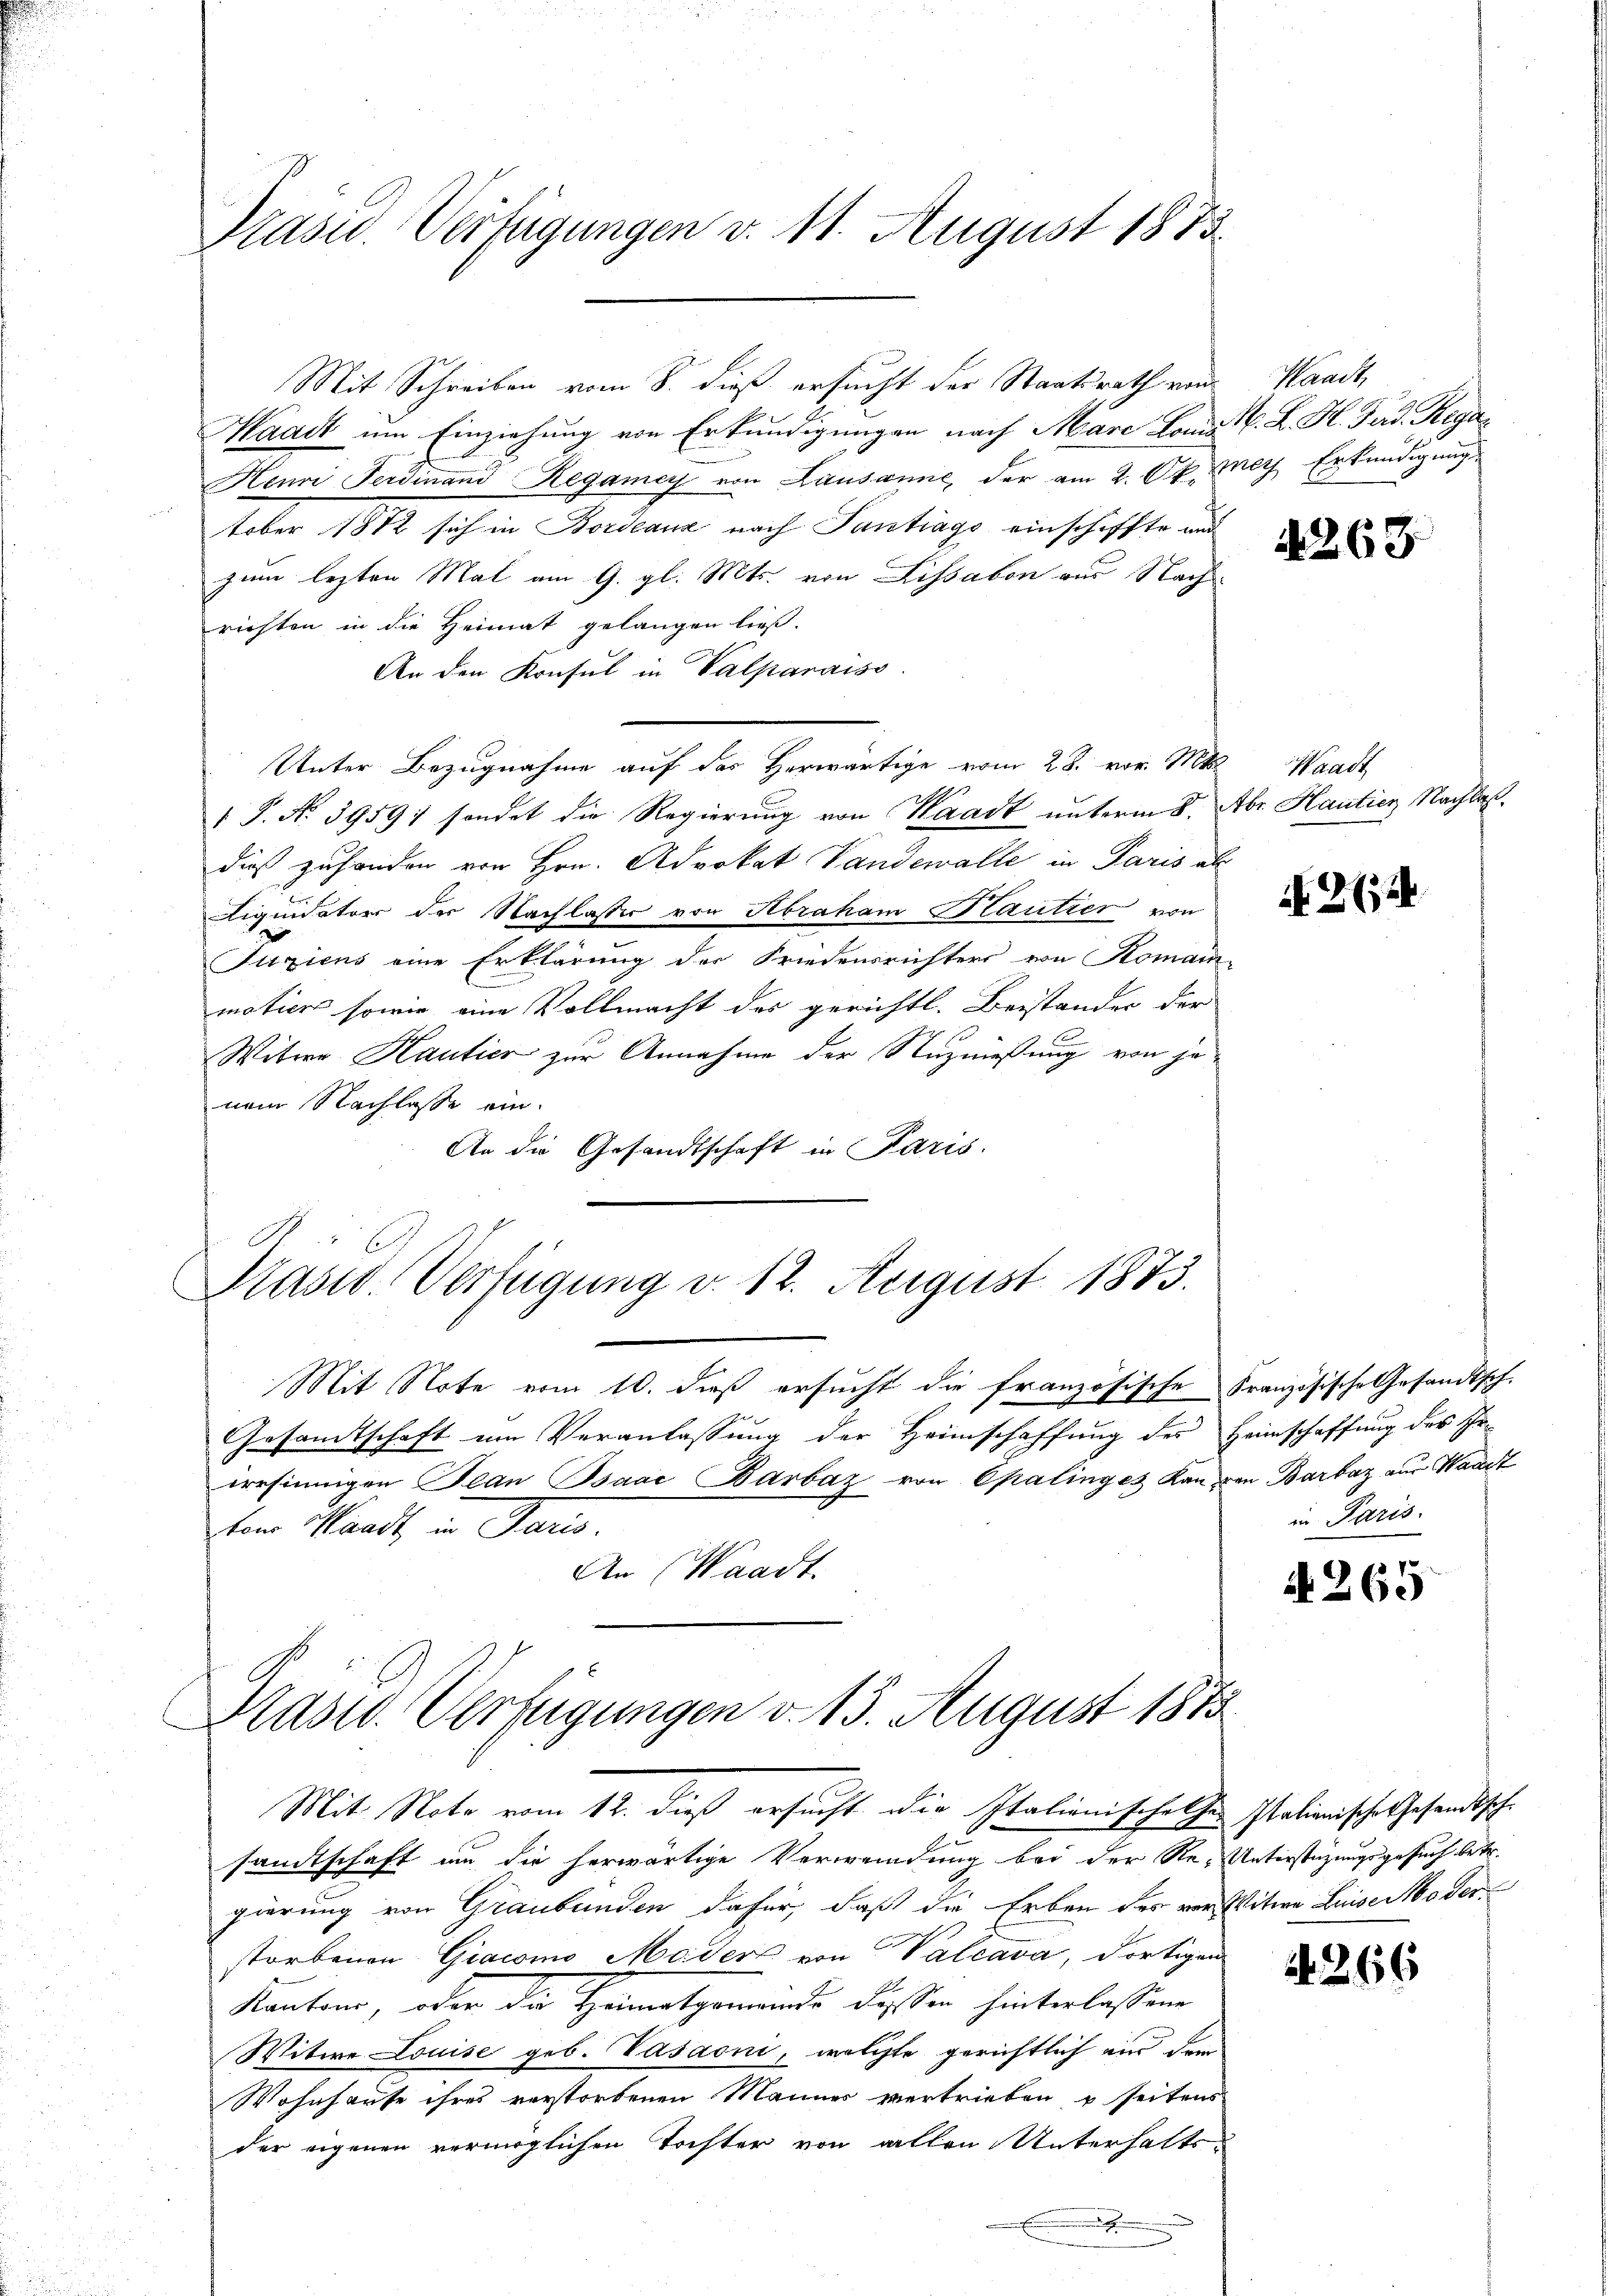
Präsid. Verfügungen v. 11. August 1873.

Mit Schreiben vom 8. dieß ersucht der Staatsrath von Waadt,
Waadt um Einziehung von Erkundigungen nach Mare Loms W. B. H. Ferd. Rega¬
Henri Ferdinand Regamer von Lausanne, der am 2. Okt. Erkundigungs
tober 1872 sich in Bordeaux nach Tantrags einschiffte und
zum lezten Mal am 9. gl. Mts. von Lissabon aus Nach-
richten in die Heimat gelangen ließ.
An den Konsul in Valpanaiss
Unter Bezugnahme auf das herwärtige vom 28. vor. Mts. Waadt
 P. Nr. 3959; sondet die Regierung von Waadt unterm 8.
dieß zufanden von Hrn. Advokat Vandewalle in Paris als
Liquidatier der Nachlasser von Abraham Kautier von
Juziens eine Erklärung der Friedensrichters von Komain-
motion sowie eine Vollmacht des gerichtl. Beistander der
p
Witwe Kautier zur Annahme der Nuzmeßung von je
nem Nachlasse ein.
An die Gesandtschaft in Paris.

Prast. Verfügung v. 12. August 1873.
.

Mit Note vom 10. dieß ersucht die französische Französische Gesandtsch.
Gesandtschaft um Veranlassung der Heimschaffung des Heimschaffung des Er-
irrsinnigen Jean Bsaać Barbaz von Epalinges Kan den Barbar aus Waadt
vom Mandt in Paris.
An (Waadt.

Präsid. Verfügungen v. 13. August 1873
Mit Note vom 12. dieß ersucht die Italienischolhen Italienische Gesandtsche

sandtschaft um die herwärtige Verwendung bei der Re-Unterstüzungsgesuch betr.
gierung von Graubünden dafür, daß die Erben des vor Witwe Luise Moder
storbenen Giacomo Mader von Valcava, dortigen
Kantone, oder der Heimatgemeinde dessen hinterlassene
Witwe Louise geb. Vasaoni, welchte gerichtlich aus dem
Wohnhause ihres verstorbenen Männer vertrieben u seitens
der eigenen vermöglichen Tochter von allen Unterhalts¬

4268

Abr. Hantien Nachlaß.

N 224

in Paris.

A 265

4266